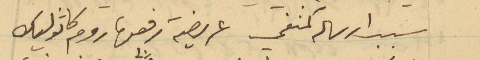
سبب ارساله كمنفي عريضة رفعها روم كاثوليك